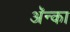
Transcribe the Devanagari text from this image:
अॅन्का